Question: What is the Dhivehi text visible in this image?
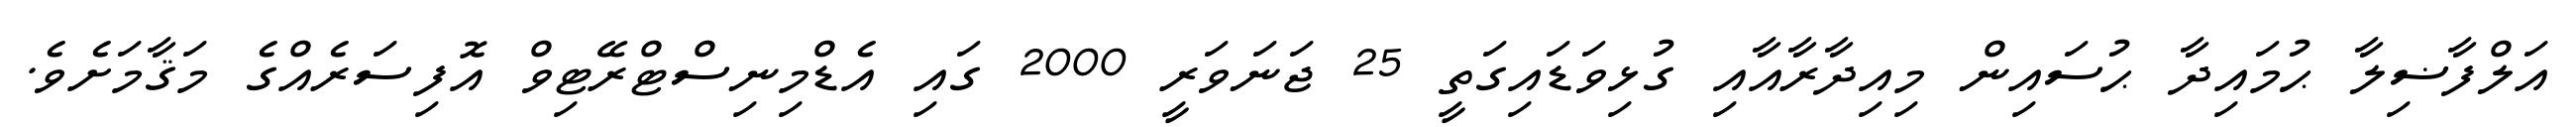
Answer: އަލްފާޟިލާ ޙުމައިދާ ޙުސައިން މިއިދާރާއާއި ގުޅިވަޑައިގަތީ 25 ޖަނަވަރީ 2000 ގައި އެޑްމިނިސްޓްރޭޓިވް އޮފިސަރެއްގެ މަޤާމަށެވެ.